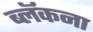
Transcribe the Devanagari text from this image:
ब्लॅकना